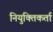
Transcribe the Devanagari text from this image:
नियुक्तिकर्ता